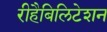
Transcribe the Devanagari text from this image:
रीहैबिलिटेशन